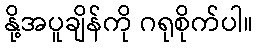
နို့အပူချိန်ကို ဂရုစိုက်ပါ။